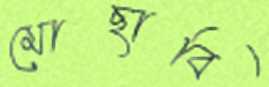
মোছাবি